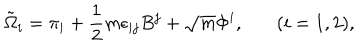
\tilde { \Omega } _ { i } = \pi _ { i } + \frac { 1 } { 2 } m \epsilon _ { i j } B ^ { j } + \sqrt { m } \Phi ^ { i } , { } ~ ( i = 1 , 2 ) ,